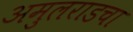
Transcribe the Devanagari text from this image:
अमुलराडचा